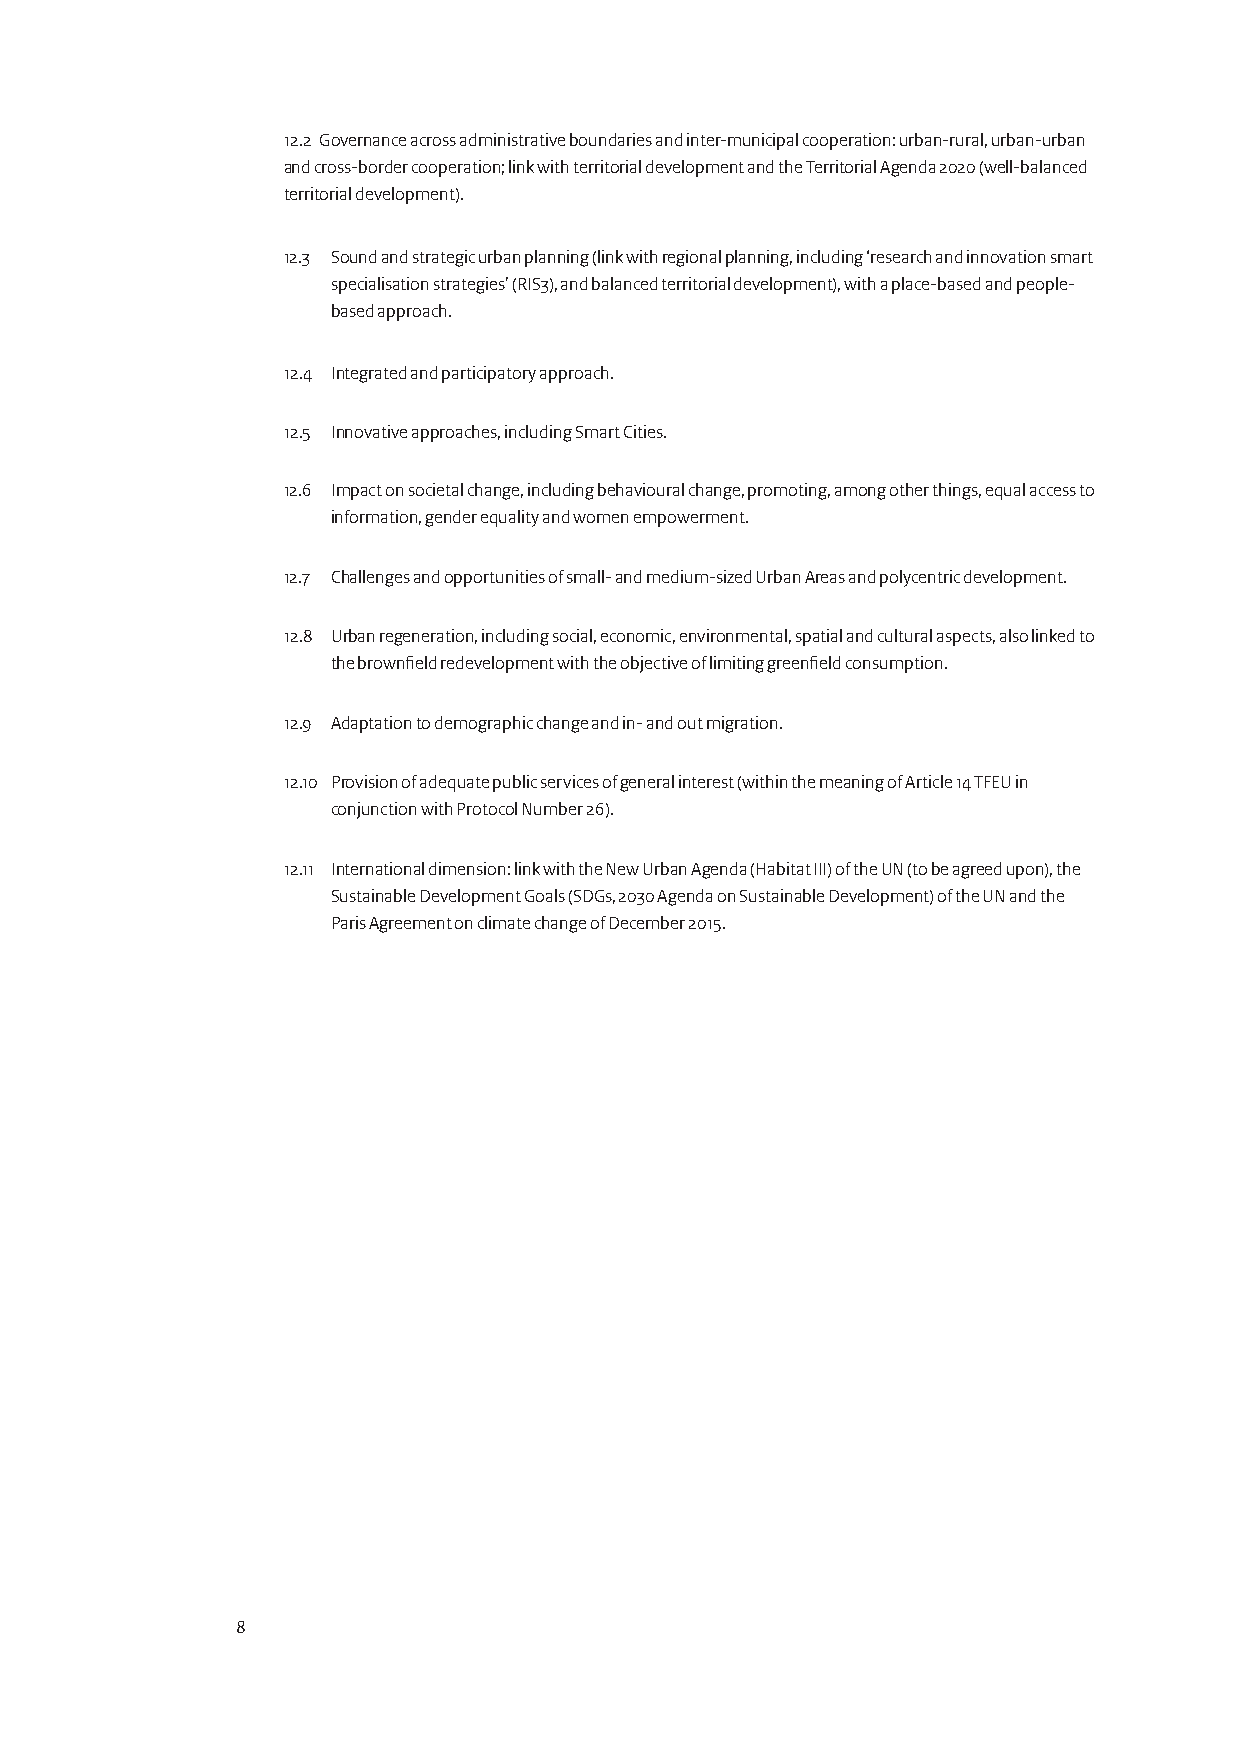
12.2 Governance across administrative boundaries and inter-municipal cooperation: urban-rural, urban-urban
 and cross-border cooperation; link with territorial development and the Territorial Agenda 2020 (well-balanced
 territorial development).
 12.3 Sound and strategic urban planning (link with regional planning, including ‘research and innovation smart
 specialisation strategies’ (RIS3), and balanced territorial development), with a place-based and people-
 based approach.
 12.4 Integrated and participatory approach.
 12.5 Innovative approaches, including Smart Cities.
 12.6 Impact on societal change, including behavioural change, promoting, among other things, equal access to
 information, gender equality and women empowerment.
 12.7 Challenges and opportunities of small- and medium-sized Urban Areas and polycentric development.
 12.8 Urban regeneration, including social, economic, environmental, spatial and cultural aspects, also linked to
 the brownfield redevelopment with the objective of limiting greenfield consumption.
 12.9 Adaptation to demographic change and in- and out migration.
 12.10 Provision of adequate public services of general interest (within the meaning of Article 14 TFEU in
 conjunction with Protocol Number 26).
 12.11 International dimension: link with the New Urban Agenda (Habitat III) of the UN (to be agreed upon), the
 Sustainable Development Goals (SDGs, 2030 Agenda on Sustainable Development) of the UN and the
 Paris Agreement on climate change of December 2015.
 8